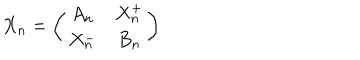
X _ { n } = \left( \begin{array} { c c } { { A _ { n } } } & { { X _ { n } ^ { + } } } \\ { { X _ { n } ^ { - } } } & { { B _ { n } } } \\ \end{array} \right)